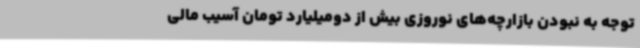
توجه به نبودن بازارچه‌های نوروزی بیش از دومیلیارد تومان آسیب مالی